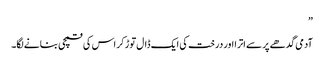
”
آدمی گدھے پر سے اترا اور درخت کی ایک ڈال توڑ کر اس کی قمچی بنانے لگا۔